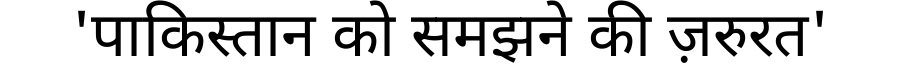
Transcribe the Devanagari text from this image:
'पाकिस्तान को समझने की ज़रुरत'